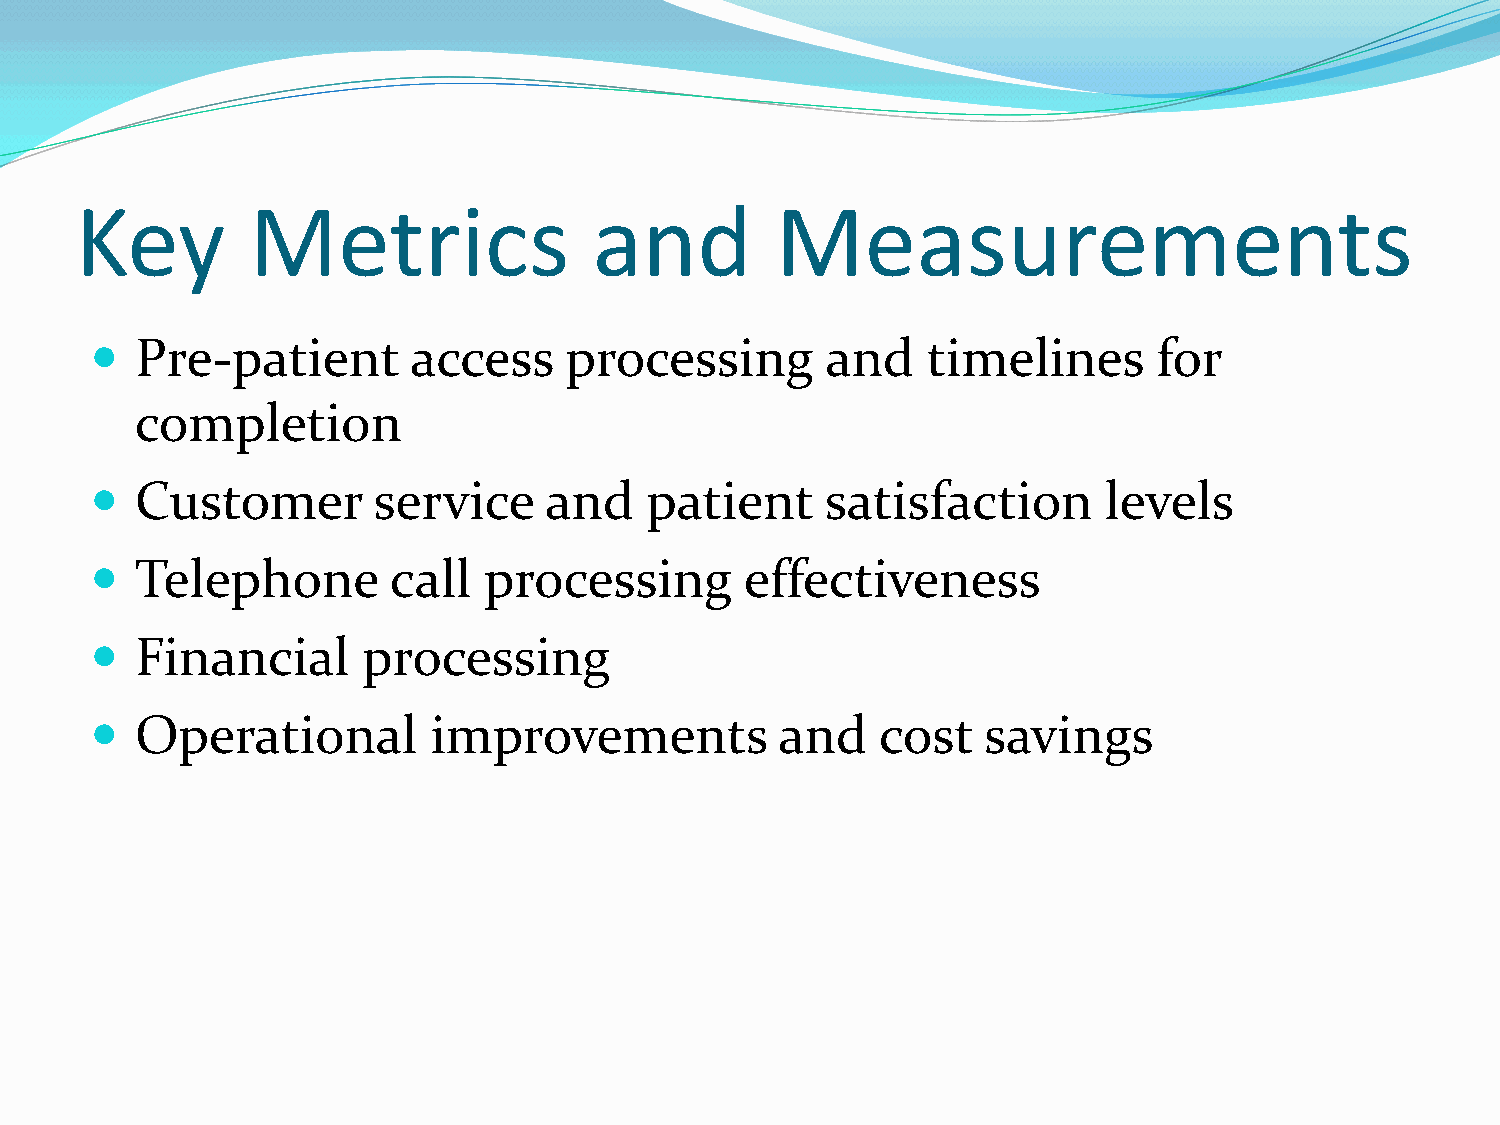
Key        Metrics                and         Measurements
   Pre-patient       access    processing        and   timelines       for
 completion
   Customer        service    and    patient     satisfaction      levels
   Telephone        call  processing       effectiveness
   Financial      processing
   Operational         improvements           and   cost   savings